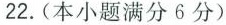
22.(本小题满分6分)